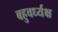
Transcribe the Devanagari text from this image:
बहुवर्ध्यक्ष